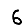
Digit: 6